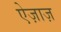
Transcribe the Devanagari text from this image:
ऐज़ाज़